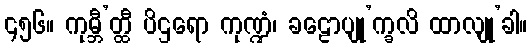
၄၅၆။ ကုမ္ဘီ’တ္ထီ ပိဌရော ကုဏ္ဍံ၊ ခဠောပျု’က္ခလိ ထာလျု’ခါ။